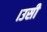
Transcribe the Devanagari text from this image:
।उसी